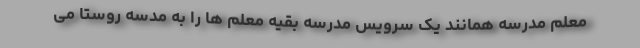
معلم مدرسه همانند یک سرویس مدرسه بقیه معلم ها را به مدسه روستا می